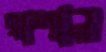
রাশান